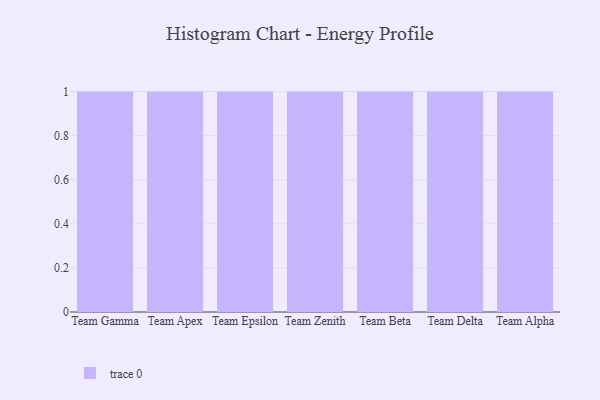
{"axis": {"x": "Team", "y": "Inventory Turnover"}, "legend": [""], "data": [{"x": "Team Gamma", "y": 27, "type": ""}, {"x": "Team Apex", "y": 46, "type": ""}, {"x": "Team Epsilon", "y": 42, "type": ""}, {"x": "Team Zenith", "y": 67, "type": ""}, {"x": "Team Beta", "y": 42, "type": ""}, {"x": "Team Delta", "y": 76, "type": ""}, {"x": "Team Alpha", "y": 97, "type": ""}]}